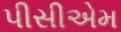
પીસીએમ